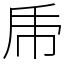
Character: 𠂰